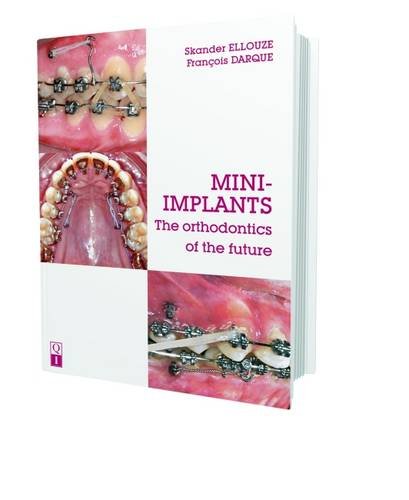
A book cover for Mini-implants: The Orthodontics of the Future; Skander Ellouze; Medical Books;